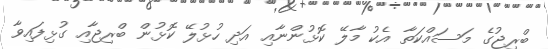
ބްރިޖުގެ މަސައްކަަތާ އެކު މާލޭ ކޮޅުންނާއި އަދި ހުޅުލޭ ކޮޅުން ބްރިޖާއި ގުޅިފައިވާ